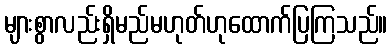
များစွာလည်းရှိမည်မဟုတ်ဟုထောက်ပြကြသည်။